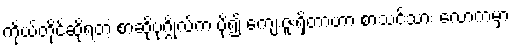
ကိုယ်တိုင်ဆိုရတဲ့ စာဆိုပုဂ္ဂိုလ်က ပို၍ ကျေးဇူးရှိတာဟာ စာသင်သား လောကမှာ